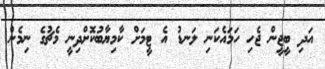
އަދި ބީޖީން ޖެހި ހަމައެކަނި ލަނޑު އެ ޓީމަށް ކާމިޔާބުކޮށްދިނީ މެޗުގެ ނިމެން